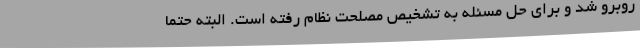
روبرو شد و برای حل مسئله به تشخیص مصلحت نظام رفته است. البته حتما